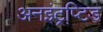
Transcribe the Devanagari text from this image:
अनइंट्रप्टि़ड